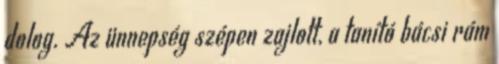
dolog. Az ünnepség szépen zajlott, a tanító bácsi rám